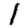
Digit: 1